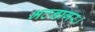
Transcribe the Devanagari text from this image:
भटनागर।